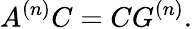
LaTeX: A^{(n)}C=CG^{(n)}.